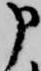
申